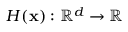
H ( \mathbf { x } ) : \mathbb { R } ^ { d } \to \mathbb { R }